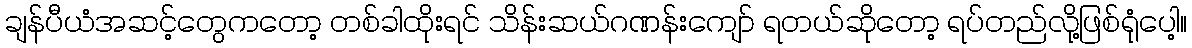
ချန်ပီယံအဆင့်တွေကတော့ တစ်ခါထိုးရင် သိန်းဆယ်ဂဏန်းကျော် ရတယ်ဆိုတော့ ရပ်တည်လို့ဖြစ်ရုံပေါ့။